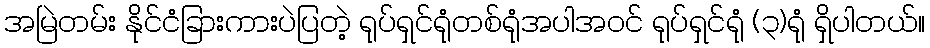
အမြဲတမ်း နိုင်ငံခြားကားပဲပြတဲ့ ရုပ်ရှင်ရုံတစ်ရုံအပါအဝင် ရုပ်ရှင်ရုံ (၃)ရုံ ရှိပါတယ်။